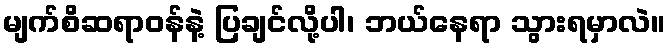
မျက်စိဆရာဝန်နဲ့ ပြချင်လို့ပါ၊ ဘယ်နေရာ သွားရမှာလဲ။